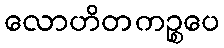
လောဟိတကဉ္စပေ